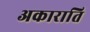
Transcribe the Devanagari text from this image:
अकाराति